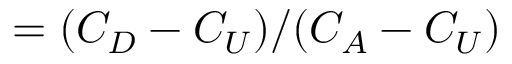
= ( { C _ { D } - C _ { U } } ) / ( { C _ { A } - C _ { U } } )